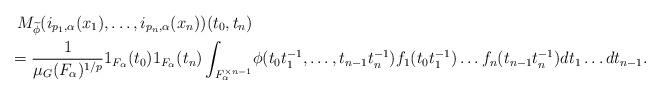
LaTeX: \begin{align*}M_{\widetilde{\phi}} (i_{p_1, \alpha}(x_1),\ldots,i_{p_n, \alpha}(x_n)) (t_0,t_{n}) & \\ =\frac{1}{\mu_G(F_\alpha)^{1/p}} 1_{F_\alpha}(t_0)1_{F_\alpha}(t_n) \int_{F_\alpha^{\times n-1}} & \phi(t_0t_1^{-1},\ldots, t_{n-1}t_n^{-1}) f_1(t_0t_1^{-1})\ldots f_n(t_{n-1}t_n^{-1}) dt_1 \ldots dt_{n-1}.\end{align*}